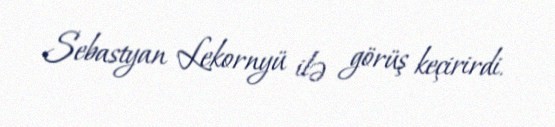
Sebastyan Lekornyü ilə görüş keçirirdi.